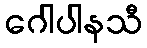
ဂေါပါနသီ